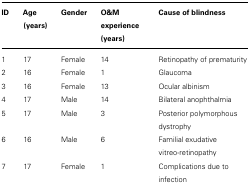
<table><thead><tr><td><b>ID</b></td><td><b>Age (years)</b></td><td><b>Gender</b></td><td><b>O&amp;M experience (years)</b></td><td><b>Cause of blindness</b></td></tr></thead><tbody><tr><td>1</td><td>17</td><td>Female</td><td>14</td><td>Retinopathy of prematurity</td></tr><tr><td>2</td><td>16</td><td>Female</td><td>1</td><td>Glaucoma</td></tr><tr><td>3</td><td>16</td><td>Female</td><td>13</td><td>Ocular albinism</td></tr><tr><td>4</td><td>17</td><td>Male</td><td>14</td><td>Bilateral anophthalmia</td></tr><tr><td>5</td><td>17</td><td>Male</td><td>3</td><td>Posterior polymorphous dystrophy</td></tr><tr><td>6</td><td>16</td><td>Male</td><td>6</td><td>Familial exudative vitreo-retinopathy</td></tr><tr><td>7</td><td>17</td><td>Female</td><td>1</td><td>Complications due to infection</td></tr></tbody></table>